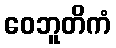
ဝေဘူတိကံ